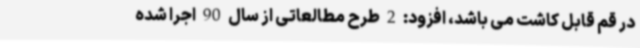
در قم قابل کاشت می باشد، افزود: 2 طرح مطالعاتی از سال 90 اجرا شده